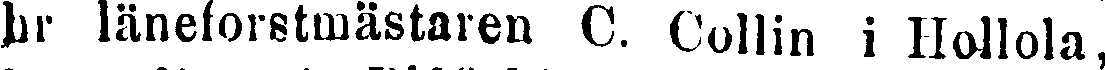
hr läneforstmästaren C. Collin i Hollola,